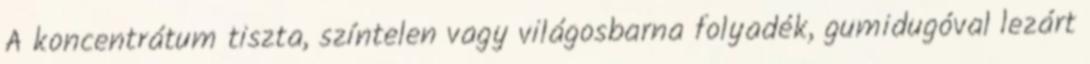
A koncentrátum tiszta, színtelen vagy világosbarna folyadék, gumidugóval lezárt